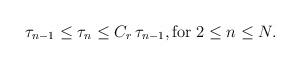
LaTeX: \begin{align*}\tau_{n-1} \le \tau_n \le C_r \, \tau_{n-1}, \mbox{for} \; 2 \le n \le N. \\\end{align*}